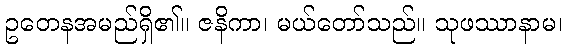
ဥတေနအမည်ရှိ၏။ ဇနိကာ၊ မယ်တော်သည်။ သုဖဿာနာမ၊